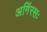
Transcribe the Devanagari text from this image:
अगिंरसः